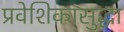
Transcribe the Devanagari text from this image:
प्रवेशिकासुद्धा